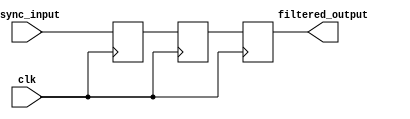
module metastability_filter (
    input wire clk,              // Clock signal
    input wire async_input,      // Asynchronous input signal
    output reg filtered_output    // Stable output signal
);

    // Internal signals for the flip-flops
    reg ff1_out;                 // Output of the first flip-flop
    reg ff2_out;                 // Output of the second flip-flop

    // First flip-flop: samples the asynchronous input
    always @(posedge clk) begin
        ff1_out <= async_input;  // Sample the asynchronous input
    end

    // Second flip-flop: samples the output of the first flip-flop
    always @(posedge clk) begin
        ff2_out <= ff1_out;       // Sample the output of the first flip-flop
    end

    // Output assignment
    always @(posedge clk) begin
        filtered_output <= ff2_out; // Final stable output
    end

endmodule